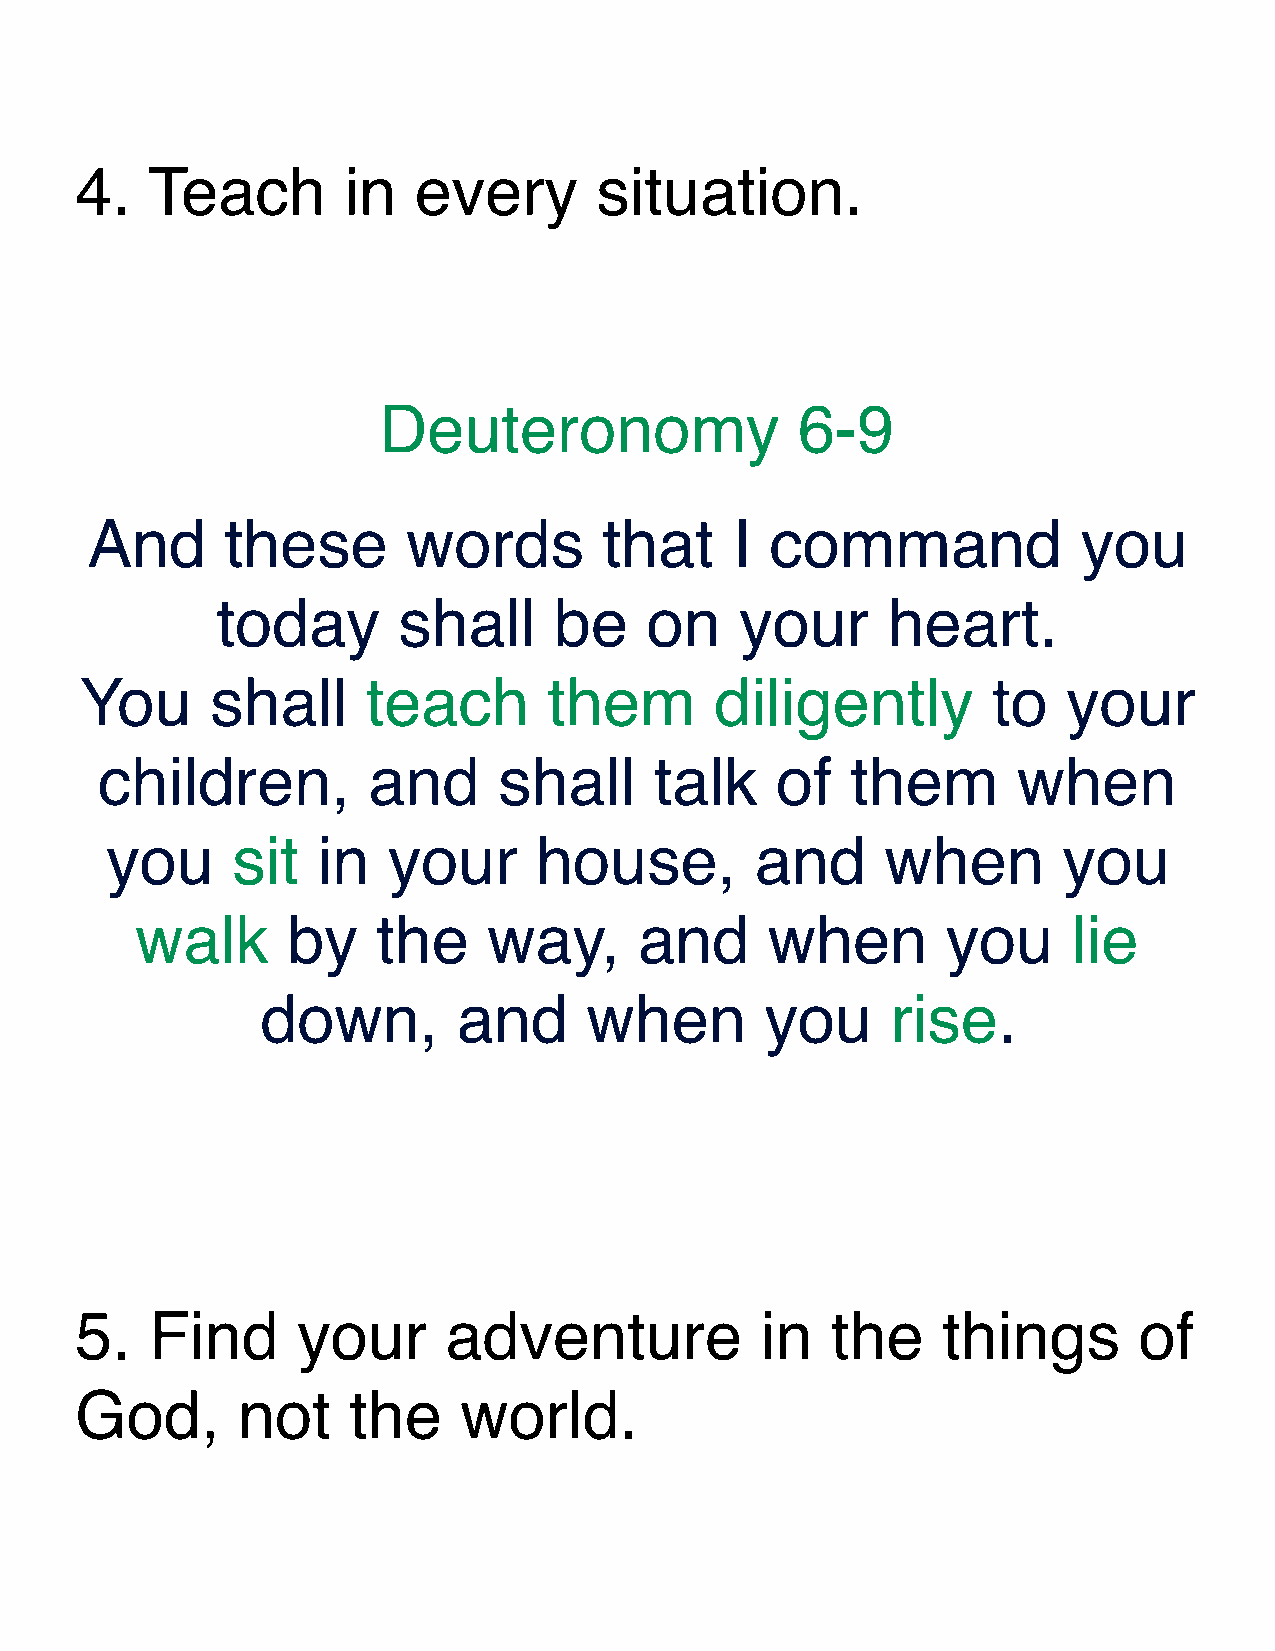
4.   Teach        in  every       situation.
 Deuteronomy                 6-9
 And      these       words        that    I  command              you
 today       shall      be    on    your      heart.
 You      shall     teach       them       diligently         to   your
 children,         and      shall     talk    of   them       when
 you     sit   in   your     house,         and      when       you
 walk      by    the    way,      and      when        you     lie
 down,        and      when        you     rise.
 5.   Find      your     adventure            in   the    things       of
 God,       not    the    world.